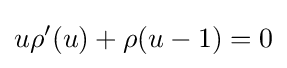
u\rho '(u)+\rho (u-1)=0